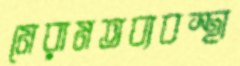
মেরামতব্যবস্থা